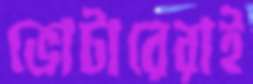
ভোটারেরাই